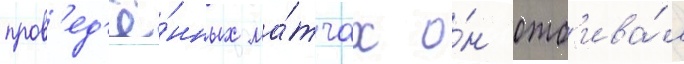
пров'ед'ё́нных ма́тчах о́н отб'ива́л